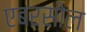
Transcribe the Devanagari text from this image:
एबरसोल